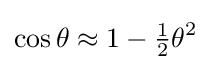
\cos \theta \approx 1-{\tfrac {1}{2}}\theta ^{2}